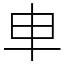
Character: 𠦆